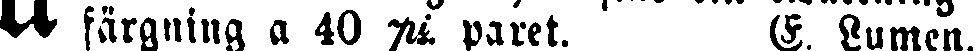
# färgning a 40 pr paret. E. Lumen.